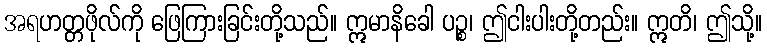
အရဟတ္တဖိုလ်ကို ဖြေကြားခြင်းတို့သည်။ ဣမာနိခေါ ပဉ္စ၊ ဤငါးပါးတို့တည်း။ ဣတိ၊ ဤသို့။